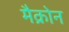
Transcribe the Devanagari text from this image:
मैक्रोन